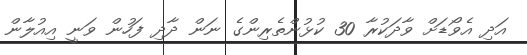
އަދި އެވޯޑަށް ވާދަކުރާ 30 ކުޅުންތެރިންގެ ނަން ދާދި ފަހުން ވަނީ އިއުލާން